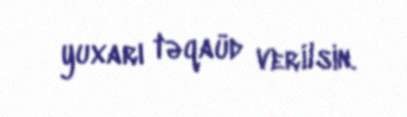
yuxarı təqaüd verilsin.